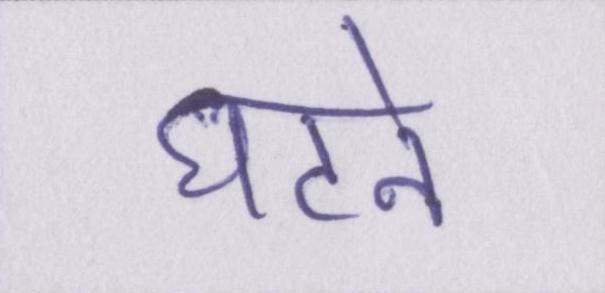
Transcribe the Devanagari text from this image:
घटने